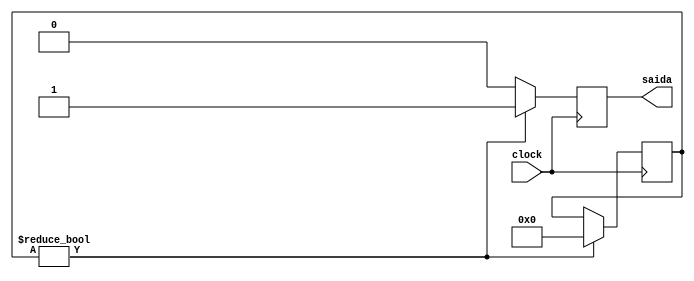
module iniciadorHalt(clock,saida);
	input clock;
	output reg saida;
	integer pClock = 1;
	always @(posedge clock) begin
		if(pClock) begin
			saida = 1;
			pClock = 0;
		end else begin
			saida = 0;
		end
	end
endmodule